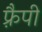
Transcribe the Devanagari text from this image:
फ़्रैपी